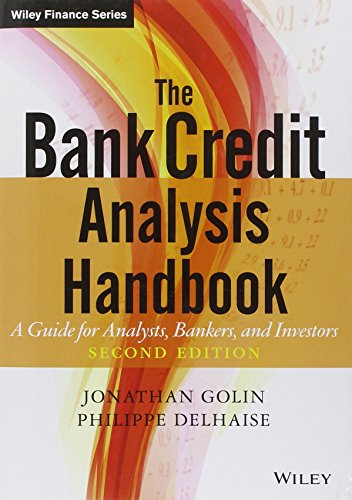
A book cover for The Bank Credit Analysis Handbook: A Guide for Analysts, Bankers and Investors; Jonathan Golin; Business & Money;